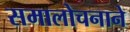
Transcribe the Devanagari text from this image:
समालोचनाने